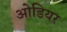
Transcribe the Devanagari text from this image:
ओडियर